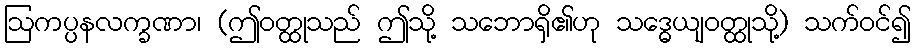
ဩကပ္ပနလက္ခဏာ၊ (ဤဝတ္ထုသည် ဤသို့ သဘောရှိ၏ဟု သဒ္ဓေယျဝတ္ထုသို့) သက်ဝင်၍